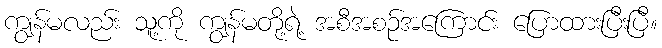
ကျွန်မလည်း သူ့ကို ကျွန်မတို့ရဲ့ အစီအစဉ်အကြောင်း ပြောထားပြီးပြီ။